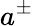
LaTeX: a^{\pm}